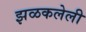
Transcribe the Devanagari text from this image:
झळकलेली